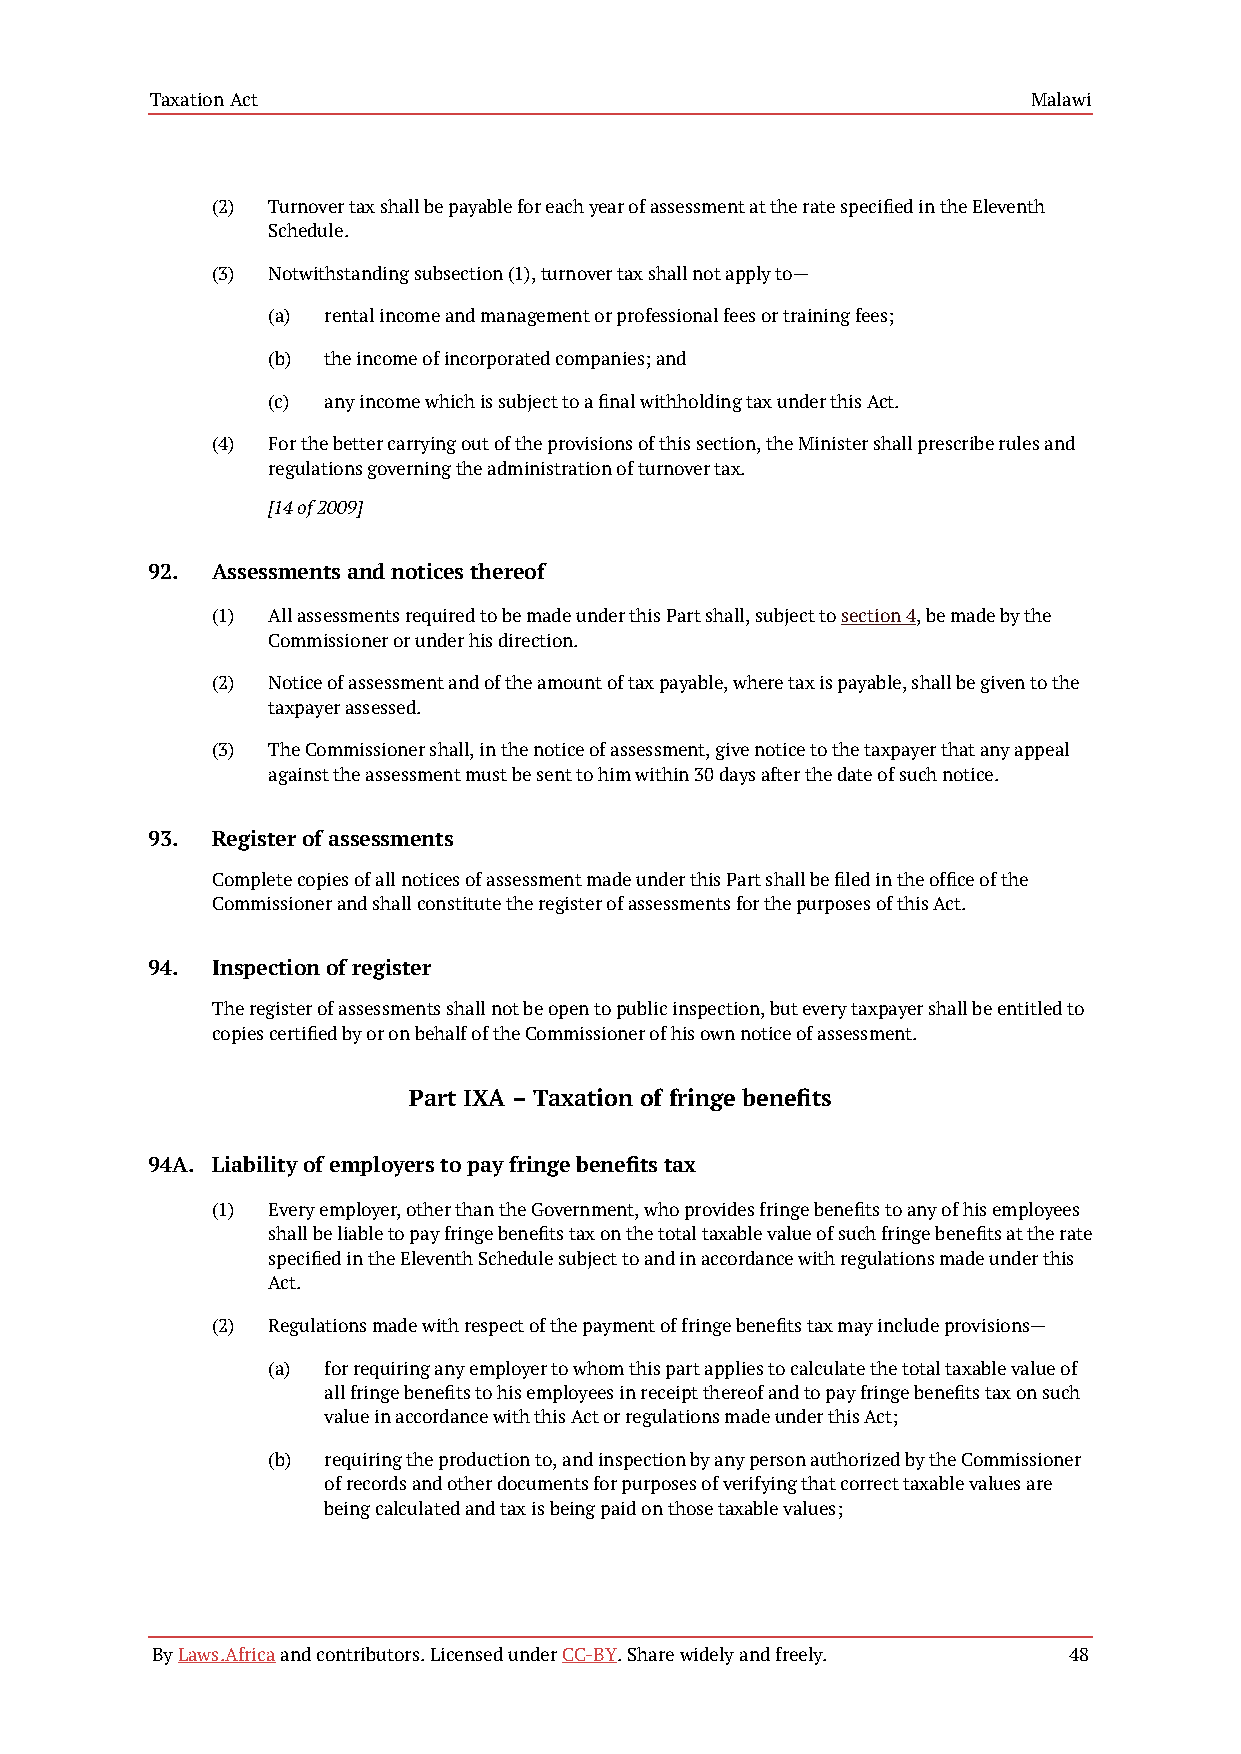
Taxation Act                                              Malawi
 (2) Turnover tax shall be payable for each year of assessment at the rate specified in the Eleventh
 Schedule.
 (3) Notwithstanding subsection (1), turnover tax shall not apply to—
 (a) rental income and management or professional fees or training fees;
 (b) the income of incorporated companies; and
 (c) any income which is subject to a final withholding tax under this Act.
 (4) For the better carrying out of the provisions of this section, the Minister shall prescribe rules and
 regulations governing the administration of turnover tax.
 [14 of 2009]
 92. Assessments and notices thereof
 (1) All assessments required to be made under this Part shall, subject to section 4, be made by the
 Commissioner or under his direction.
 (2) Notice of assessment and of the amount of tax payable, where tax is payable, shall be given to the
 taxpayer assessed.
 (3) The Commissioner shall, in the notice of assessment, give notice to the taxpayer that any appeal
 against the assessment must be sent to him within 30 days after the date of such notice.
 93. Register of assessments
 Complete copies of all notices of assessment made under this Part shall be filed in the office of the
 Commissioner and shall constitute the register of assessments for the purposes of this Act.
 94. Inspection of register
 The register of assessments shall not be open to public inspection, but every taxpayer shall be entitled to
 copies certified by or on behalf of the Commissioner of his own notice of assessment.
 Part IXA – Taxation of fringe benefits
 94A. Liability of employers to pay fringe benefits tax
 (1) Every employer, other than the Government, who provides fringe benefits to any of his employees
 shall be liable to pay fringe benefits tax on the total taxable value of such fringe benefits at the rate
 specified in the Eleventh Schedule subject to and in accordance with regulations made under this
 Act.
 (2) Regulations made with respect of the payment of fringe benefits tax may include provisions—
 (a) for requiring any employer to whom this part applies to calculate the total taxable value of
 all fringe benefits to his employees in receipt thereof and to pay fringe benefits tax on such
 value in accordance with this Act or regulations made under this Act;
 (b) requiring the production to, and inspection by any person authorized by the Commissioner
 of records and other documents for purposes of verifying that correct taxable values are
 being calculated and tax is being paid on those taxable values;
 By Laws.Africa and contributors. Licensed under CC-BY. Share widely and freely. 48